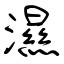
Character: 濕